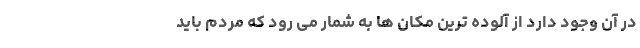
در آن وجود دارد از آلوده ترین مکان ها به شمار می رود که مردم باید